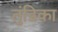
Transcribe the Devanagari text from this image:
तुंडिका